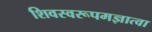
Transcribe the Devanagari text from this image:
शिवस्वरूपमज्ञात्वा